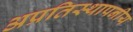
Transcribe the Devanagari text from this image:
अप्रतिस्थापनीय